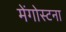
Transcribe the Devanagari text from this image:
मेंगोस्टना